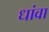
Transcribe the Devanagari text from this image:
धांवा